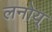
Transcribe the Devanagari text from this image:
लनोय्